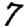
Digit: 7